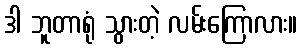
ဒါ ဘူတာရုံ သွားတဲ့ လမ်းကြောလား။